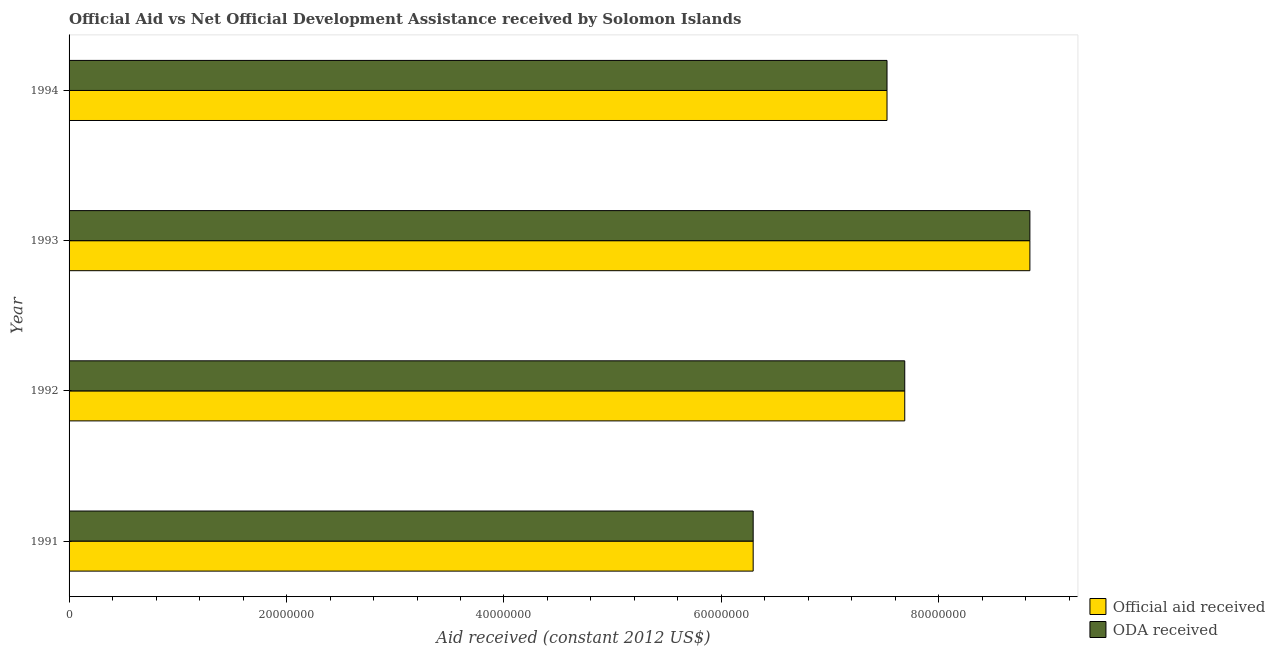
| Year | Official aid received | ODA received |
 | --- | --- | --- |
 | 1991 | 6.29e+07 | 6.29e+07 |
 | 1992 | 7.69e+07 | 7.69e+07 |
 | 1993 | 8.84e+07 | 8.84e+07 |
 | 1994 | 7.52e+07 | 7.52e+07 |